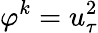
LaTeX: \varphi^{k}=u_{\tau}^{2}